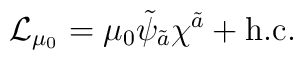
{\cal L}_{\mu_0}=\mu_0\tilde{\psi}_{\tilde{a}}\chi^{\tilde{a}}+{\rm h.c.}